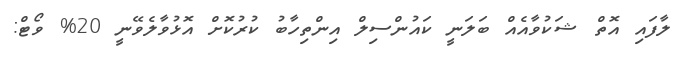
ލާފައި އޮތް ޝަކުވާއެއް ބަލަނީ ކައުންސިލް އިންތިހާބު ކުރުކޮށް އޮޅުވާލެވޭނީ 20% ވޯޓް: